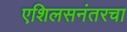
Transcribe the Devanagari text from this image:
एशिलसनंतरचा